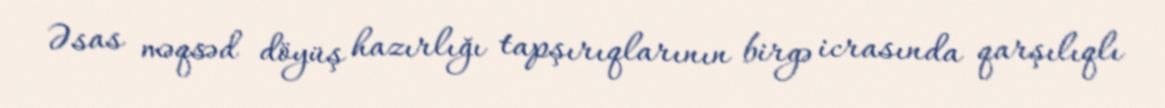
Əsas məqsəd döyüş hazırlığı tapşırıqlarının birgə icrasında qarşılıqlı